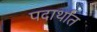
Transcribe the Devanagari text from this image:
पदार्थांंत